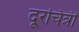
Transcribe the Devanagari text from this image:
दूरचित्री